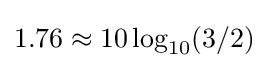
1.76\approx 10\log _{10}(3/2)